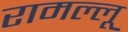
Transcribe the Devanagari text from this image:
रामल्लू